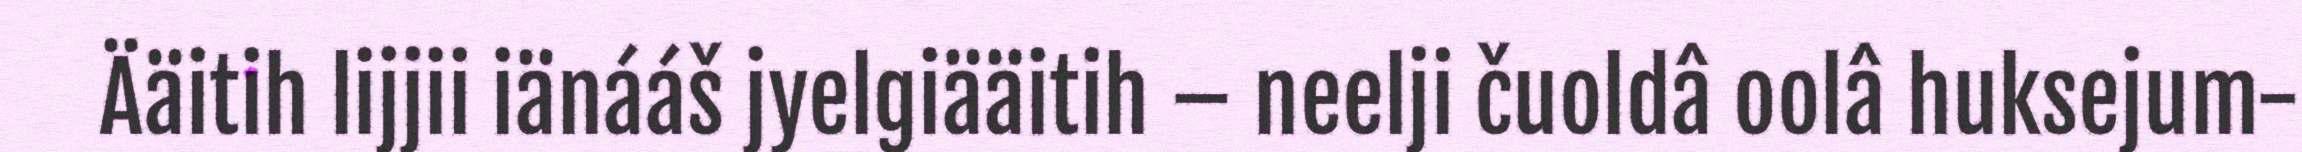
Ääitih lijjii iänááš jyelgiääitih – neelji čuoldâ oolâ huksejum-